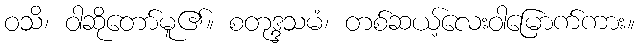
ဝသိ၊ ဝါဆိုတော်မူ၏။ စတုဒ္ဒသမံ၊ တစ်ဆယ့်လေးဝါမြောက်ကား။